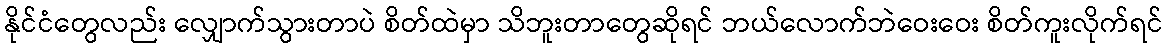
နိုင်ငံတွေလည်း လျှောက်သွားတာပဲ စိတ်ထဲမှာ သိဘူးတာတွေဆိုရင် ဘယ်လောက်ဘဲဝေးဝေး စိတ်ကူးလိုက်ရင်